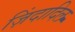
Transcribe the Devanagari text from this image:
ज़िंदादिल